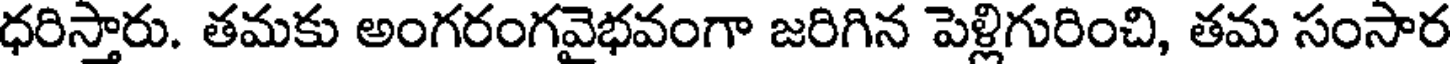
ధరిస్తారు. తమకు అంగరంగవైభవంగా జరిగిన పెళ్లిగురించి, తమ సంసార